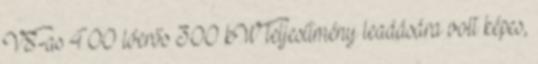
V8-as 400 lóerős 300 kW teljesítmény leadására volt képes,